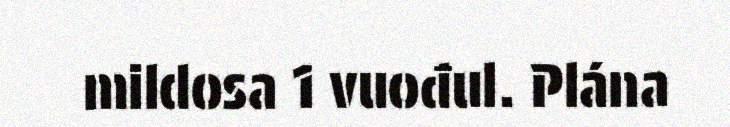
mildosa 1 vuođul. Plána